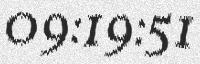
09:19:51